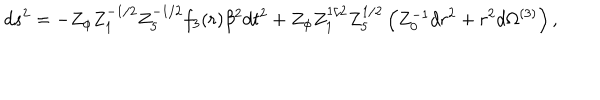
d s ^ { 2 } = - Z _ { \phi } Z _ { 1 } ^ { - 1 / 2 } Z _ { 5 } ^ { - 1 / 2 } f _ { 3 } ( r ) \beta ^ { 2 } d t ^ { 2 } + Z _ { \phi } Z _ { 1 } ^ { 1 / 2 } Z _ { 5 } ^ { 1 / 2 } \left( Z _ { 0 } ^ { - 1 } d r ^ { 2 } + r ^ { 2 } d \Omega ^ { ( 3 ) } \right) ,